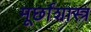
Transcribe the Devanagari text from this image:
मूर्छाशास्त्र